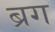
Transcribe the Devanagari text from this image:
ब्रग